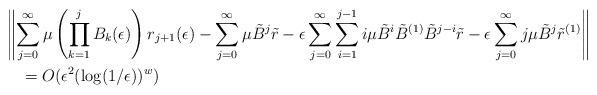
LaTeX: \begin{align*}&\left\|\sum_{j=0}^{\infty} \mu\left(\prod_{k=1}^{j}B_k(\epsilon) \right)r_{j+1}(\epsilon) - \sum_{j=0}^{\infty}\mu\tilde{B}^j \tilde{r} - \epsilon \sum_{j=0}^{\infty}\sum_{i=1}^{j-1}i\mu\tilde{B}^i \tilde{B}^{(1)}\tilde{B}^{j-i}\tilde{r} - \epsilon\sum_{j=0}^{\infty} j\mu\tilde{B}^j\tilde{r}^{(1)} \right\|\\&\quad= O(\epsilon^2(\log(1/\epsilon))^w) \end{align*}